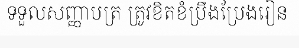
ទទួលសញ្ញាបត្រ ត្រូវខិតខំប្រឹងប្រែងរៀន